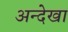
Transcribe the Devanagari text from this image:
अन्देखा